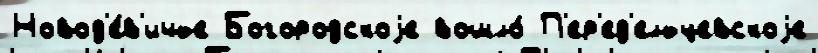
Новод'е́в'ичье Богородскоjе вошло́ П'ер'ед'ельцевскоjе